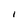
Character: I